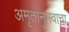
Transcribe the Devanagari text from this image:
अमृतानुभवाचा